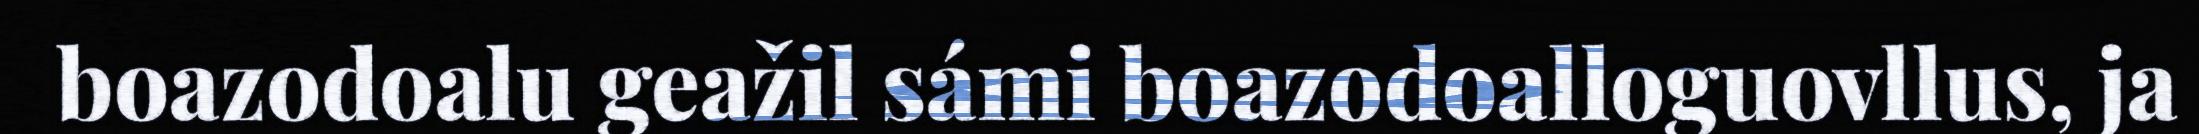
boazodoalu geažil sámi boazodoalloguovllus, ja